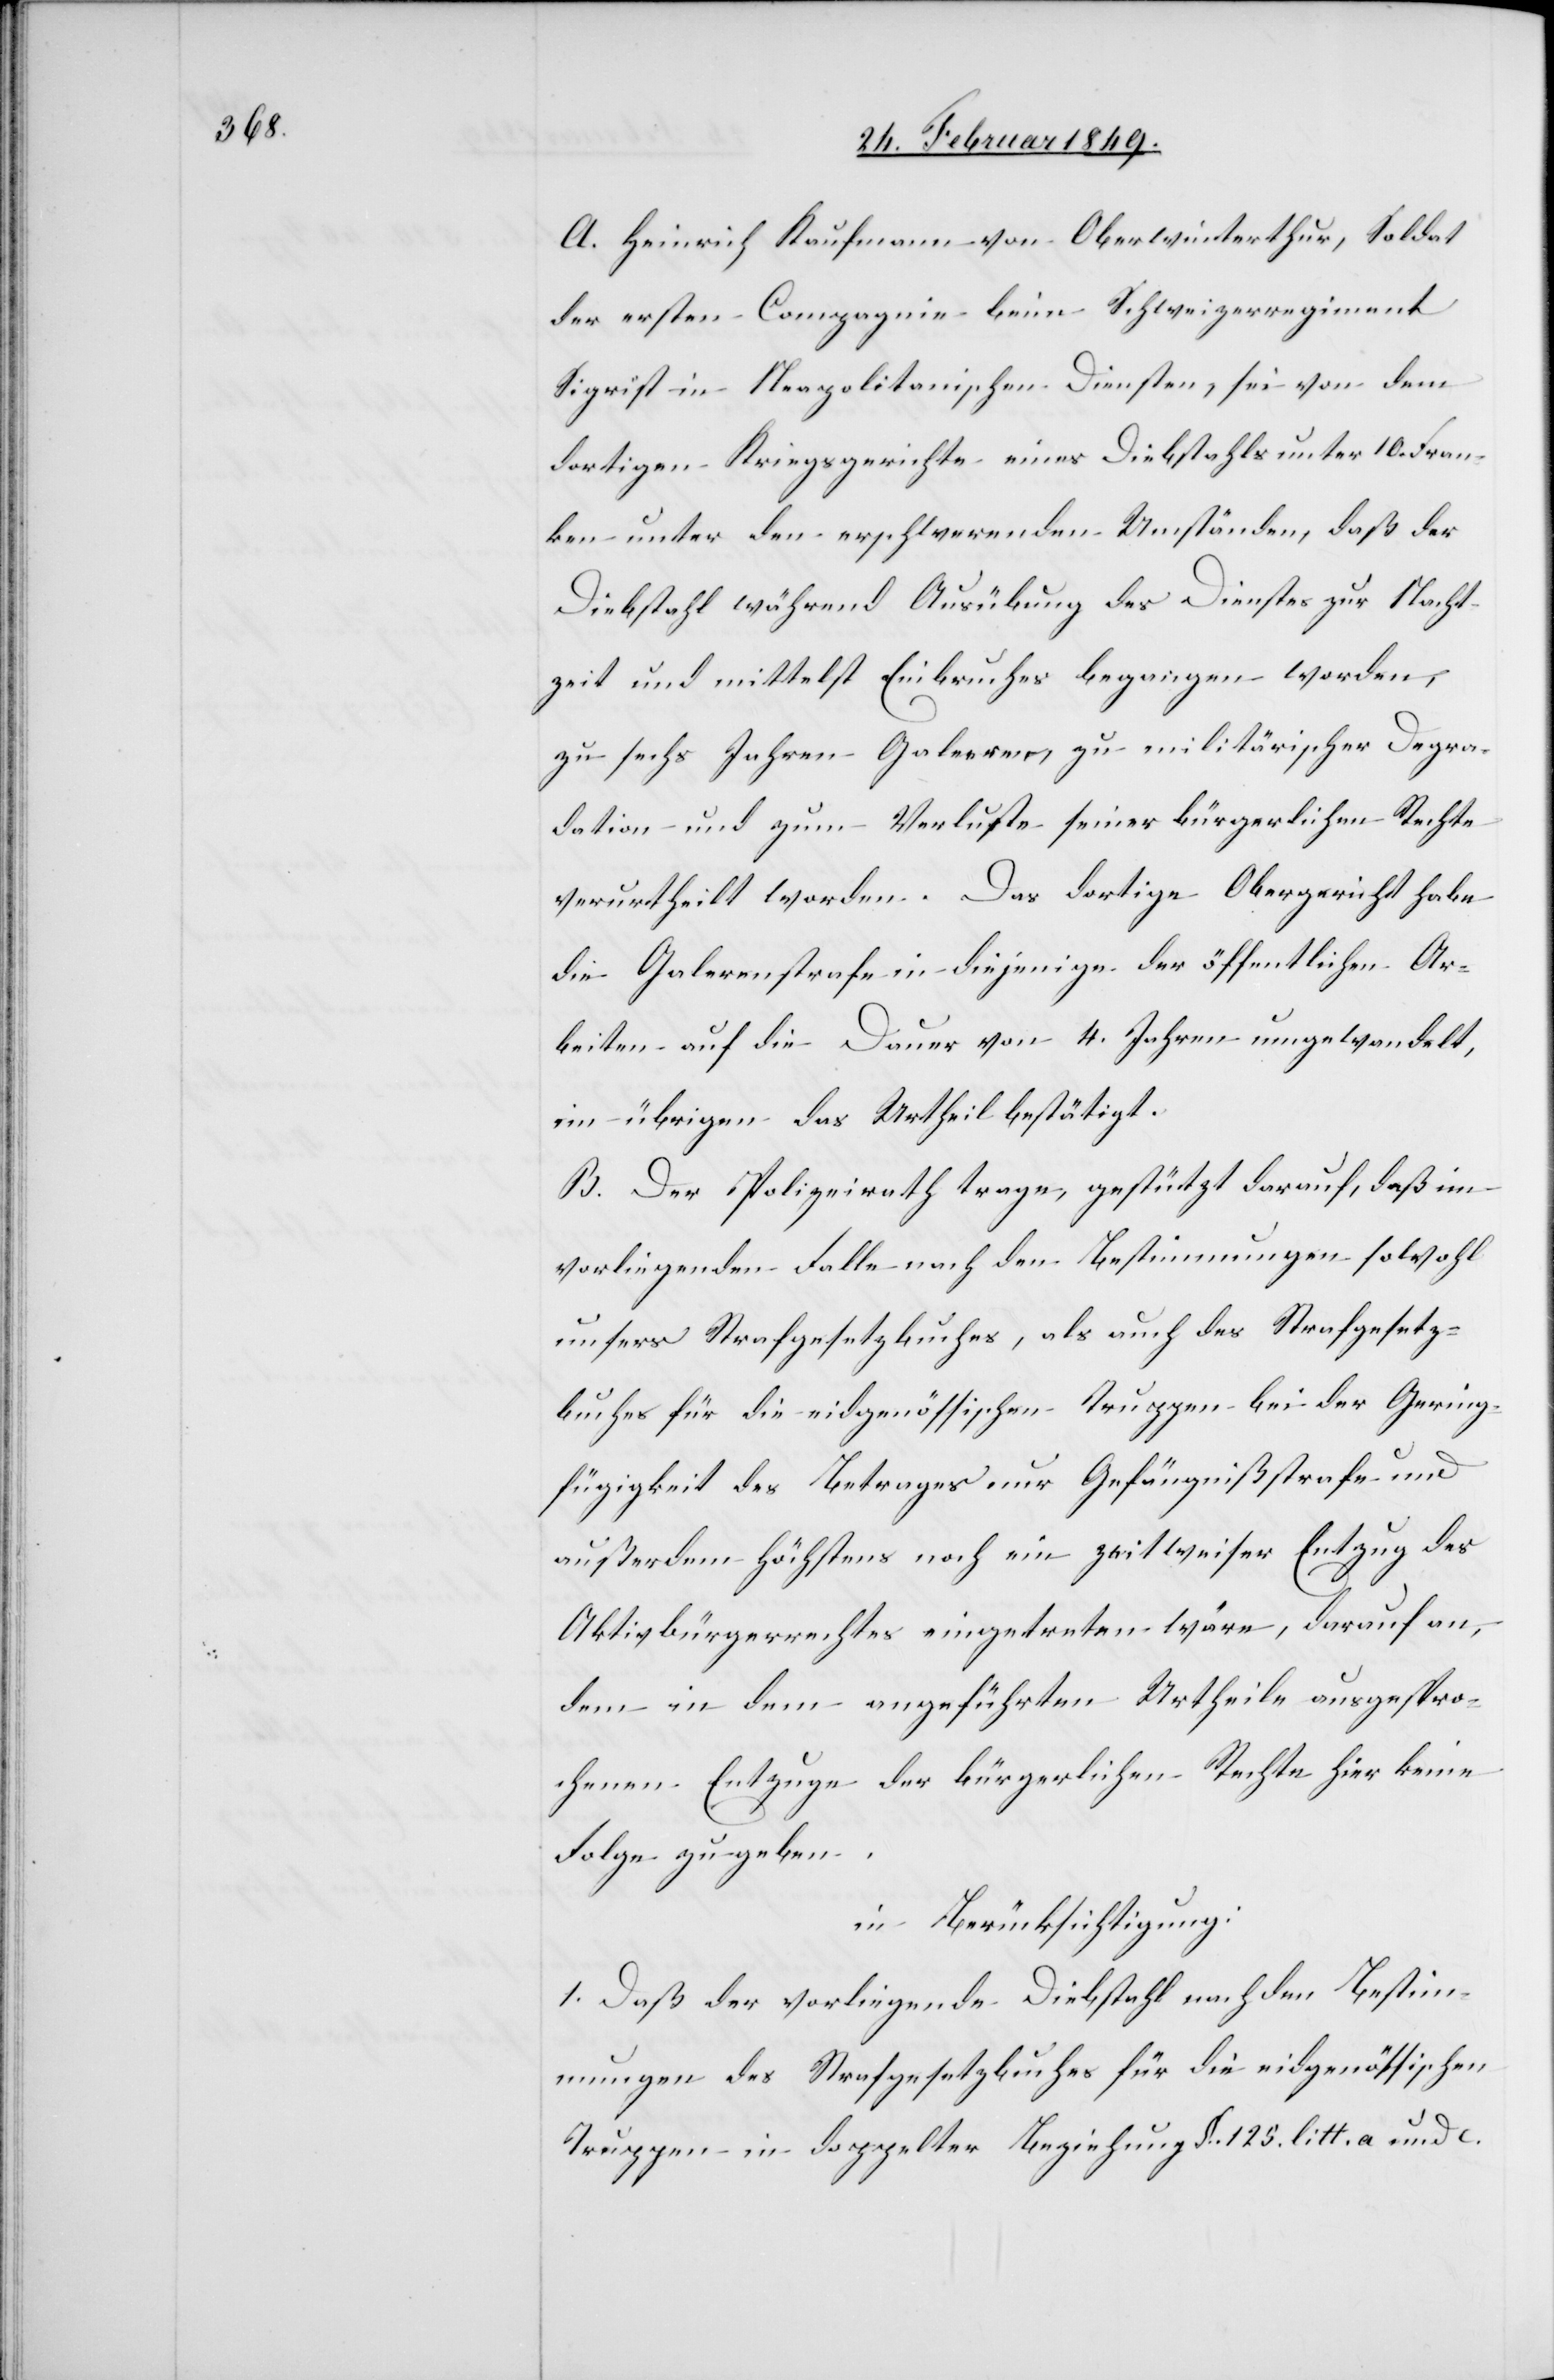
A. Heinrich Kaufmann von Oberwinterthur, Soldat
der ersten Compagnie beim Schweizerregiment
Sigrist in Neapolitanischen Diensten, sei von dem
dortigen Kriegsgerichte eines Diebstahls unter 10. Fran¬
ken unter den erschwerenden Umständen, daß der
Diebstahl während Ausübung des Dienstes zur Nacht¬
zeit und mittelst Einbruches begangen worden,
zu sechs Jahren Galeeren, zu militärischer Degra¬
dation und zum Verluste seiner bürgerlichen Rechte
verurtheilt worden. Das dortige Obergerich habe
die Galerenstrafe in diejenige der öffentlichen Ar¬
beiten auf die Dauer von 4. Jahren umgewandelt,
im übrigen das Urtheil bestätigt.
B. Der Polizeirath trage, gestützt darauf, daß im
vorliegenden Falle nach den Bestimmungen sowohl
unsers Strafgesetzbuches, als auch des Strafgesetz¬
buches für die eidgenössischen Truppen bei der Gering¬
fügigkeit des Betrages nur Gefängnißstrafe und
außerdem höchstens noch ein zeitweiser Entzug des
Aktivbürgerrechtes eingetreten wäre, darauf an,
dem in dem angeführten Urtheile ausgespro¬
chenen Entzuge der bürgerlichen Rechte hier keine
Folge zu geben.
in Berücksichtigung:
1. Daß der vorliegende Diebstahl nach den Bestim¬
mungen des Strafgesetzbuches für die eidgenössichen
Truppen in doppelter Beziehung §. 125. litt. a und c.